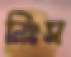
নিঃস